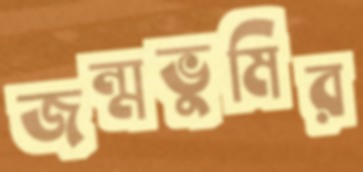
জন্মভুমির